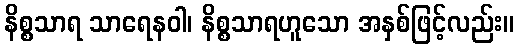
နိစ္စသာရ သာရေနဝါ၊ နိစ္စသာရဟူသော အနှစ်ဖြင့်လည်း။